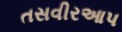
તસવીરઆપ